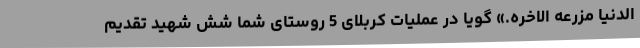
الدنیا مزرعه الاخره.» گویا در عملیات کربلای 5 روستای شما شش شهید تقدیم